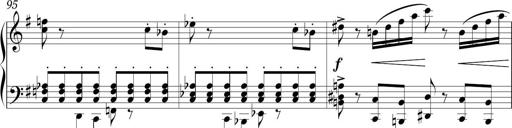
Title: Sonatina in E minor
Composer: Shuwen Zhang
Key: E minor